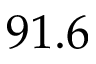
9 1 . 6